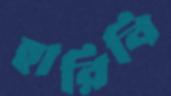
হারিবি